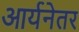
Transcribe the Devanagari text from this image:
आर्यनेतर